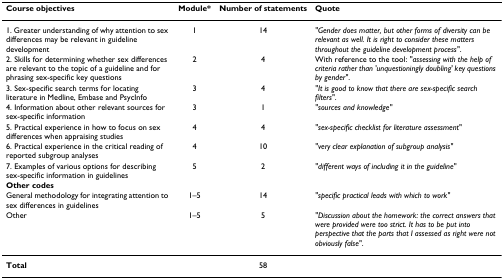
<table><thead><tr><td><b>Course objectives</b></td><td><b>Module*</b></td><td><b>Number of statements</b></td><td><b>Quote</b></td></tr></thead><tbody><tr><td>1. Greater understanding of why attention to sex differences may be relevant in guideline development</td><td>1</td><td>14</td><td><i>&quot;Gender does matter, but other forms of diversity can be relevant as well. It is right to consider these matters throughout the guideline development process&quot;</i>.</td></tr><tr><td>2. Skills for determining whether sex differences are relevant to the topic of a guideline and for phrasing sex-specific key questions</td><td>2</td><td>4</td><td>With reference to the tool: <i>&quot;assessing with the help of criteria rather than &#x27;unquestioningly doubling&#x27; key questions by gender&quot;</i>.</td></tr><tr><td>3. Sex-specific search terms for locating literature in Medline, Embase and PsycInfo</td><td>3</td><td>4</td><td><i>&quot;It is good to know that there are sex-specific search filters&quot;</i>.</td></tr><tr><td>4. Information about other relevant sources for sex-specific information</td><td>3</td><td>1</td><td><i>&quot;sources and knowledge&quot;</i></td></tr><tr><td>5. Practical experience in how to focus on sex differences when appraising studies</td><td>4</td><td>4</td><td><i>&quot;sex-specific checklist for literature assessment&quot;</i></td></tr><tr><td>6. Practical experience in the critical reading of reported subgroup analyses</td><td>4</td><td>10</td><td><i>&quot;very clear explanation of subgroup analysis&quot;</i></td></tr><tr><td>7. Examples of various options for describing sex-specific information in guidelines</td><td>5</td><td>2</td><td><i>&quot;different ways of including it in the guideline&quot;</i></td></tr><tr><td><b>Other codes</b></td><td></td><td></td><td></td></tr><tr><td>General methodology for integrating attention to sex differences in guidelines</td><td>1–5</td><td>14</td><td><i>&quot;specific practical leads with which to work&quot;</i></td></tr><tr><td>Other</td><td>1–5</td><td>5</td><td><i>&quot;Discussion about the homework: the correct answers that were provided were too strict. It has to be put into perspective that the parts that I assessed as right were not obviously false&quot;</i>.</td></tr><tr><td><b>Total</b></td><td></td><td>58</td><td></td></tr></tbody></table>